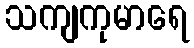
သကျကုမာရေ